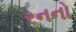
રનનો